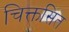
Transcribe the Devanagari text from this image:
चिक्तसित